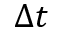
\Delta t